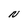
Character: N